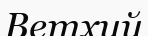
Ветхий